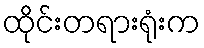
ထိုင်းတရားရုံးက